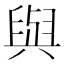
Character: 與